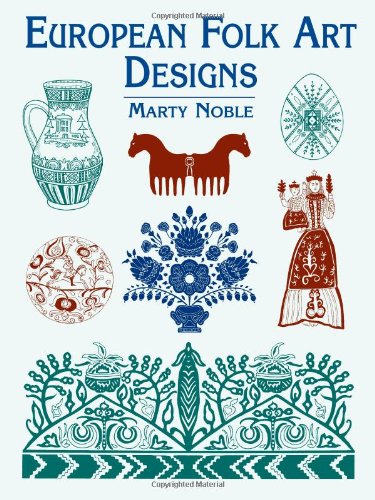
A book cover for European Folk Art Designs (Dover Pictorial Archive); Marty Noble; Arts & Photography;